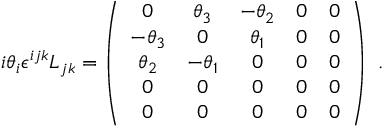
i \theta _ { i } \epsilon ^ { i j k } L _ { j k } = \left( { \begin{array} { c c c c c } { 0 } & { \theta _ { 3 } } & { - \theta _ { 2 } } & { 0 } & { 0 } \\ { - \theta _ { 3 } } & { 0 } & { \theta _ { 1 } } & { 0 } & { 0 } \\ { \theta _ { 2 } } & { - \theta _ { 1 } } & { 0 } & { 0 } & { 0 } \\ { 0 } & { 0 } & { 0 } & { 0 } & { 0 } \\ { 0 } & { 0 } & { 0 } & { 0 } & { 0 } \end{array} } \right) ~ .